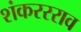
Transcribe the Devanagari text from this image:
शंकररराव